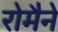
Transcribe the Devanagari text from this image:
रोमैने